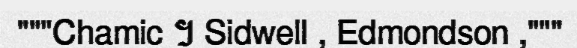
"""Chamic ។ Sidwell , Edmondson ,"""